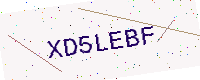
Text: XD5LEBF